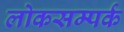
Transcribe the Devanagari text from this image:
लोकसम्पर्क